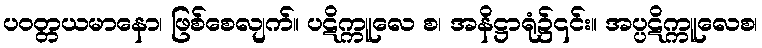
ပဝတ္တယမာနော၊ ဖြစ်စေလျက်။ ပဋိက္ကူလေ စ၊ အနိဋ္ဌာရုံ၌၎င်း။ အပ္ပဋိက္ကူလေစ၊